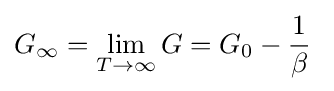
G_{\infty }=\lim _{T\to \infty }G=G_{0}-{\frac {1}{\beta }}\